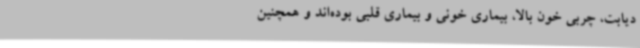
دیابت، چربی خون بالا، بیماری خونی و بیماری قلبی بوده‌اند و همچنین